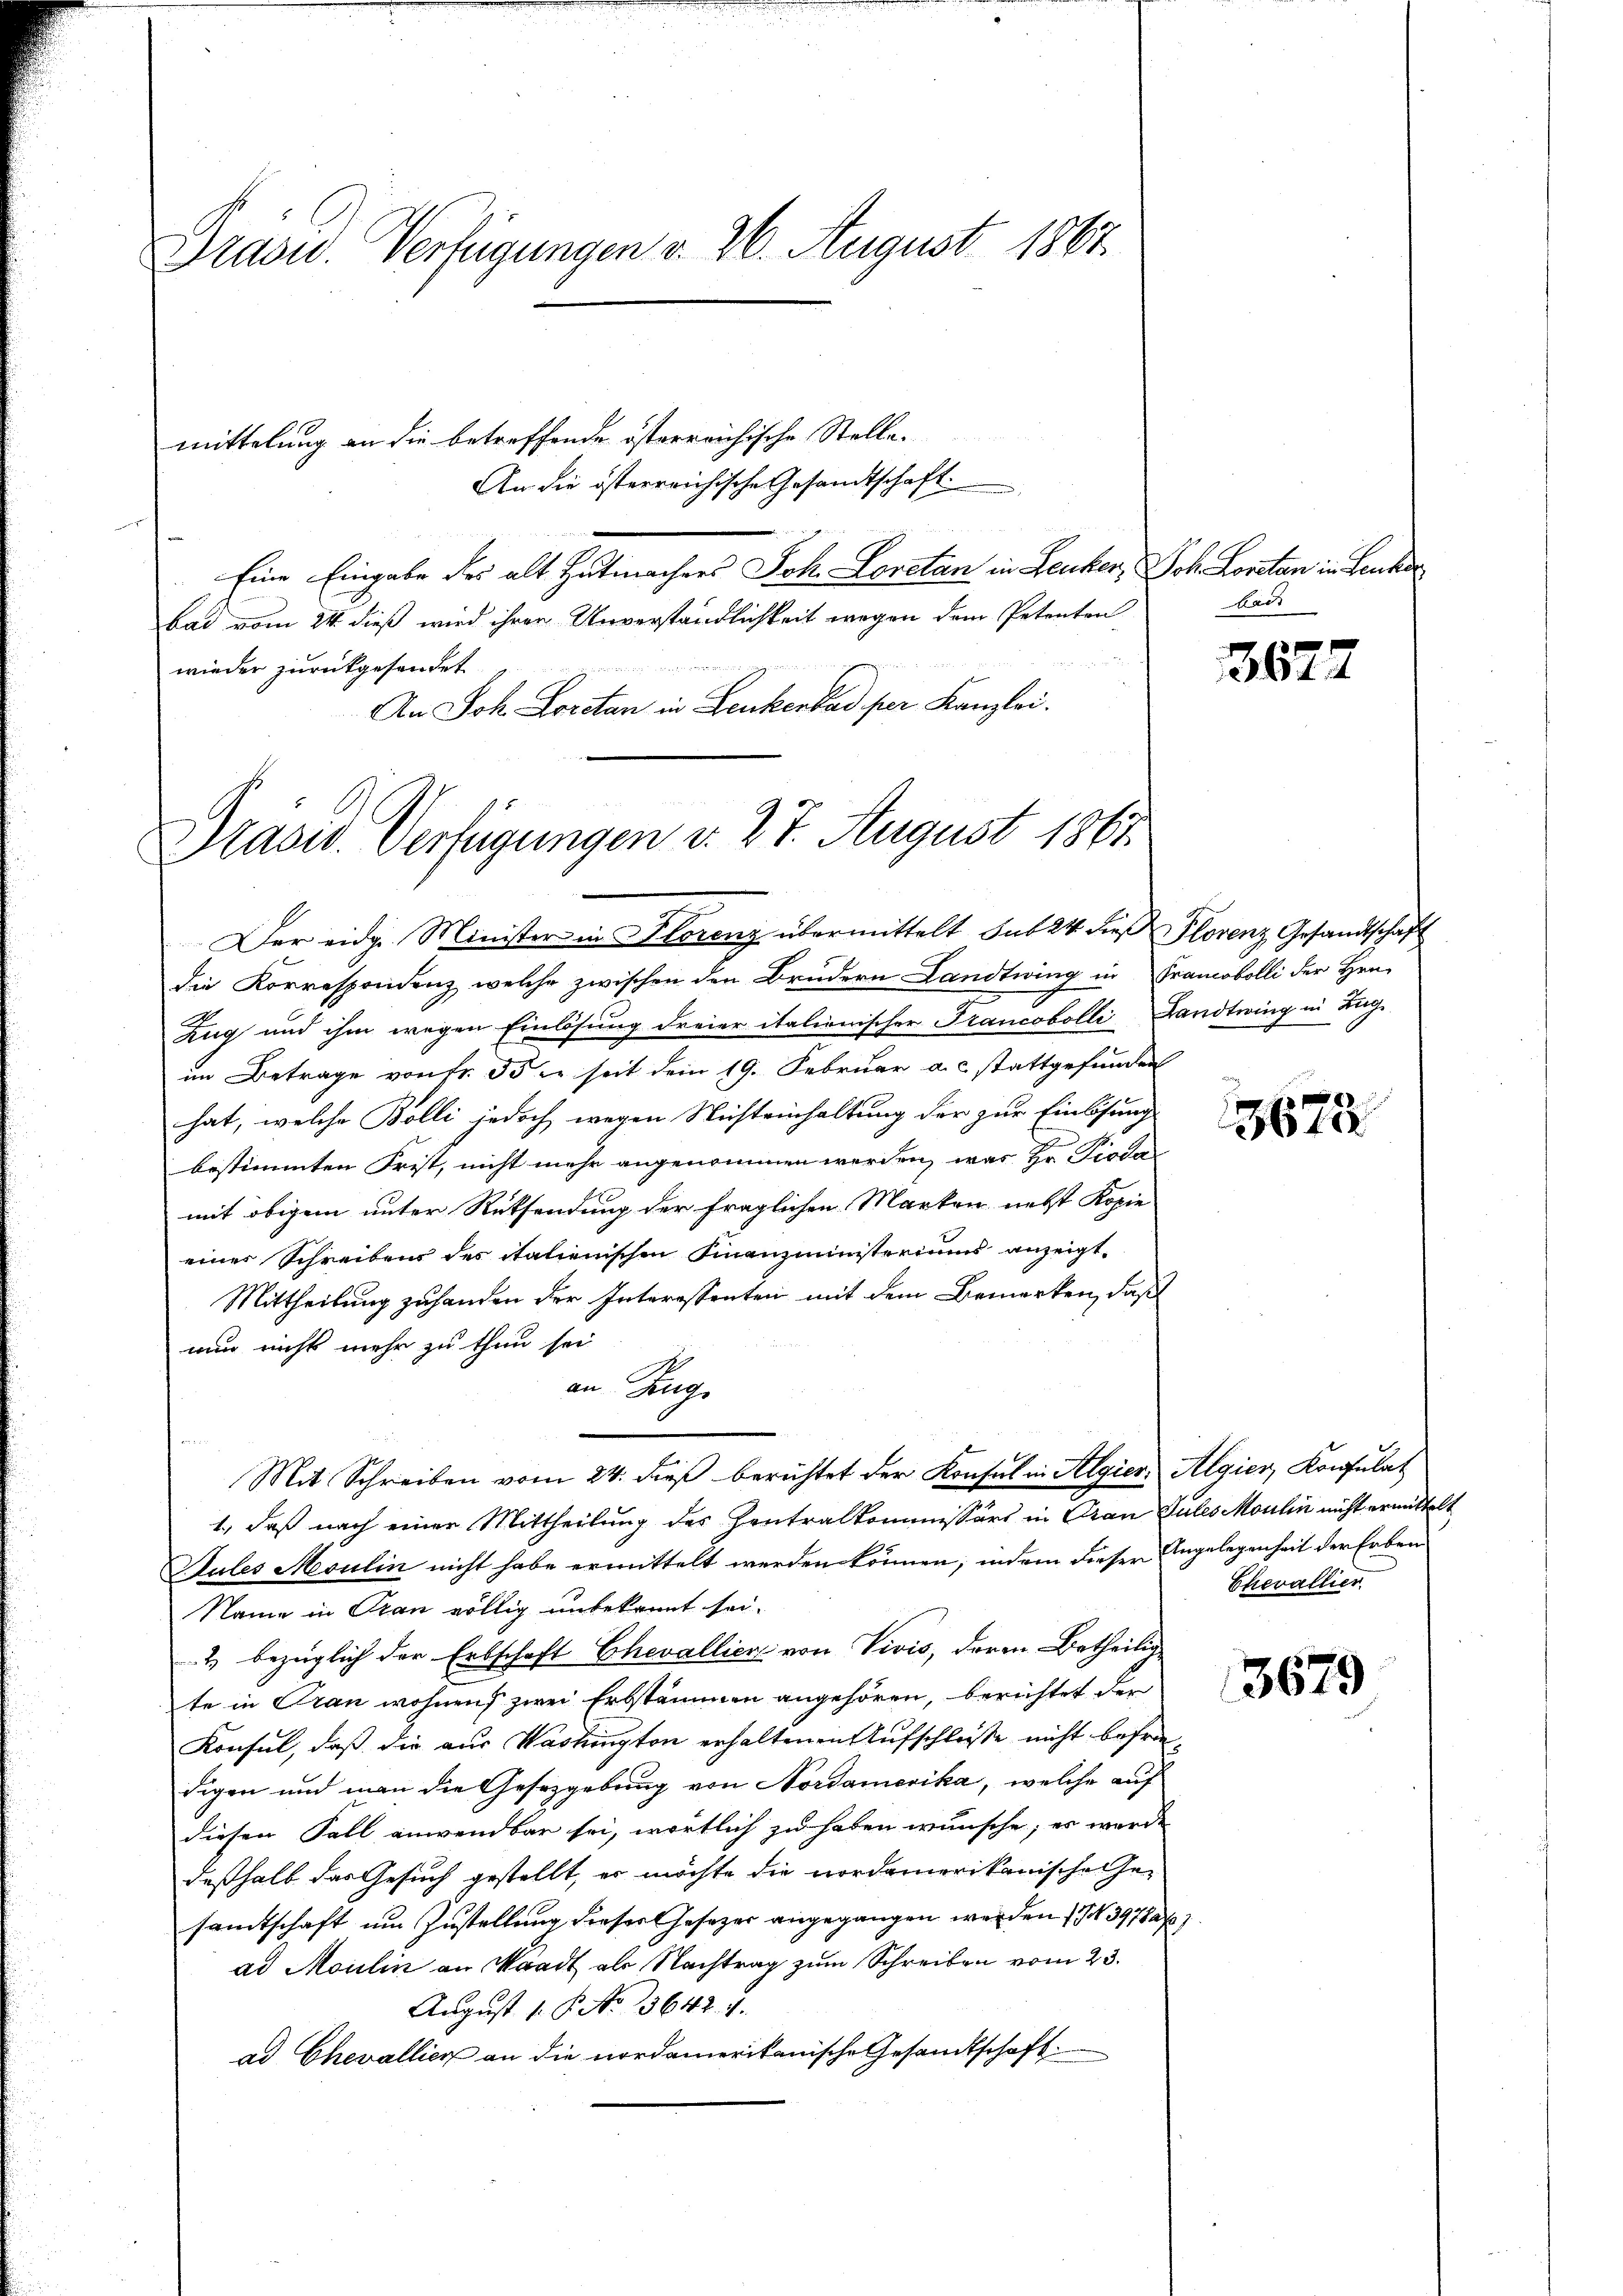
Drasu. Verfügungen v. 26. August 1867.

mittelung an die betreffende österreichische Stelle.
An die österreichische Gesandtschaft.
Eine Eingabe des alt Hutmachers Joh. Loretan in Leuker, Joh. Loretan in Leute
bad vom 24. dieß wird ihrer Unverständlichkeit wegen dem Petenten
wieder zurückgesendet.
An Joh. Loretan in Leukerbad per Kanzlei.

Präses Verfügungen v. 27. August 1862.
Der eidg. Minister in Florenz übermittelt sub 24 dieß Plorenz Gesandtschaft

die Korrespondenz, welche zwischen den Brudern Landtwing in Francobolli der Hrn.
Zug und ihm wegen Einlösung dreier italienischer Francobolli Landtwing in Zug-
im Betrage von fr. 35 er seit dem 19. Februar a. c. stattgefunden
hat, welche Bolli jedoch wegen Nichteinhaltung der zur Einlösung
bestimmten Frist, nicht mehr angenommen werden, was Hr. Pioda
mit obigem unter Rüksendung der fraglichen Marken nebst Kopie
einer Schreibens des italienischen Finanzministeriums anzeigt.
Mittheilung zuhanden der Interessenten mit dem Bemerken, daß
nun nicht mehr zu thun sei
an Auge
1., daß nach einer Mittheilung des Zentralkommissärs in Oran Tules Moulin nicht ermittelt
Sules Moulin nicht habe ermittelt werden können, indem dieser Angelegenheit der Erben
Name in Tran völlig unbekannt sei.
2) bezüglich der Erbschaft Chevallier von Vivis, deren Betheilig
te in Oran wohnens zwei Erbstämmen angehören, berichtet der
Konsul, daß die aus Washington erhaltenen Aufschluße nicht befriedigen und man die Gesetzgebung von Nordamerika, welche auf
diesen Fall anwendbar sei, wortlich zu haben wünsche; es werde
deßhalb das Gesuch gestellt, er möchte die nordamerikanische Gesamtschaft um Zustellung dieser Gesetzer angegangen werden I 397827)
ad Moulin an Standt als Nachtrag zum Schreiben vom 23.
August 1. P. No. 3642. 4.
ad Chevallier an die nordamerikanische Gesandtschaft

Mit Schreiben vom 24. dieß berichtet der Konsul in Algier, Algier, Konsulat

Kais

3827

3672

Chevallier

3679